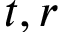
t , r